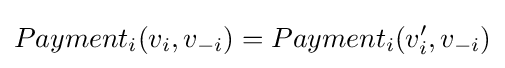
Payment_{i}(v_{i},v_{-i})=Payment_{i}(v_{i}',v_{-i})